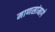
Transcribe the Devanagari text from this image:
माणसांमागे